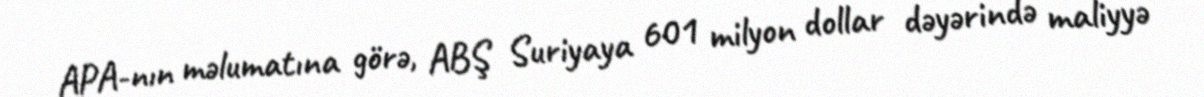
APA-nın məlumatına görə, ABŞ Suriyaya 601 milyon dollar dəyərində maliyyə